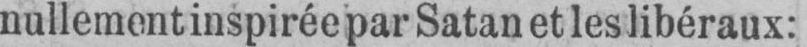
nullement inspirée par Satan et les libéraux: